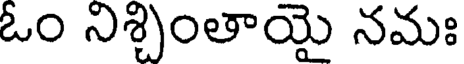
ఓం నిశ్చింతాయై నమః